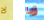
لا زيا